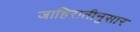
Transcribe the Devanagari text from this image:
जाहिरातीनुसार